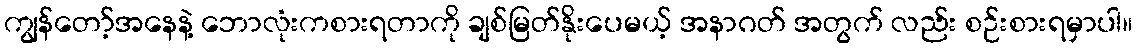
ကျွန်တော့်အနေနဲ့ ဘောလုံးကစားရတာကို ချစ်မြတ်နိုးပေမယ့် အနာဂတ် အတွက် လည်း စဉ်းစားရမှာပါ။